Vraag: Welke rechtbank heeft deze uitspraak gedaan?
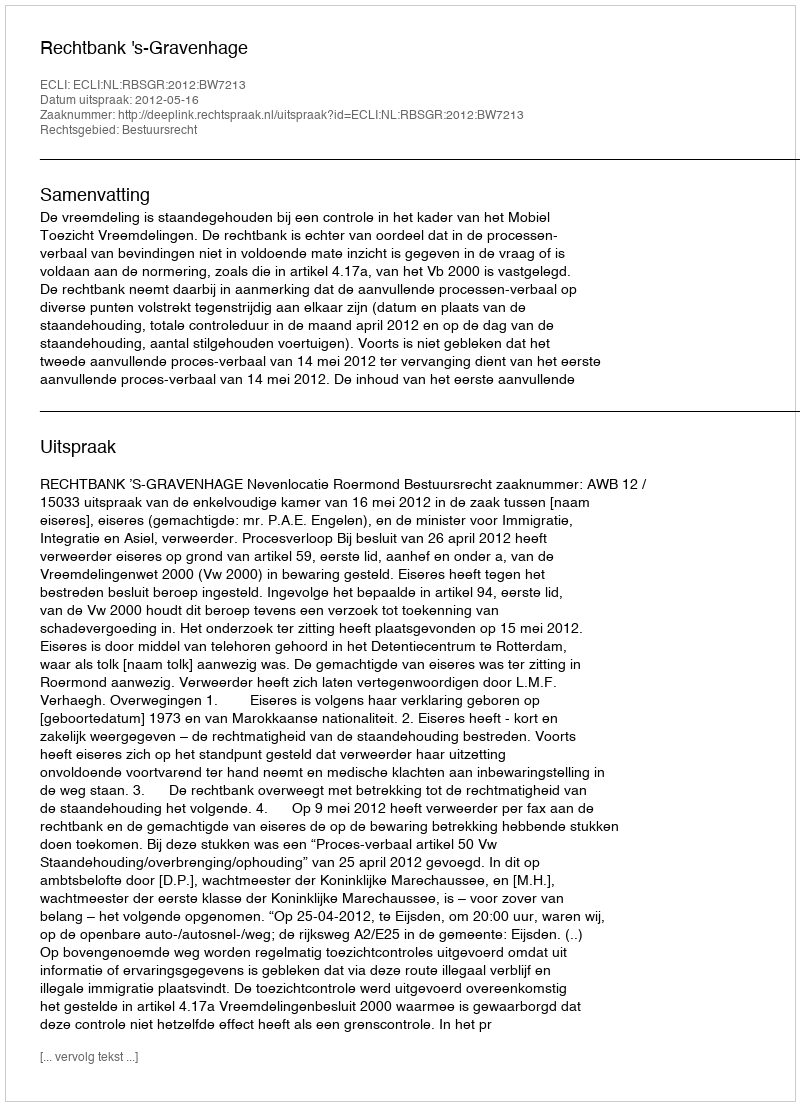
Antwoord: Rechtbank 's-Gravenhage